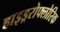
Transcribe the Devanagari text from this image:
हाइड्ररोफ्लोरिक